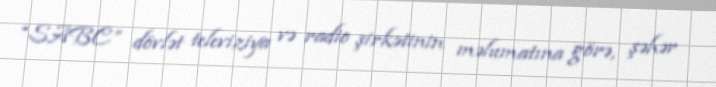
“SABC” dövlət televiziya və radio şirkətinin məlumatına görə, şəhər